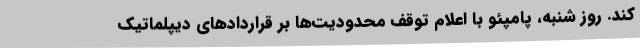
کند. روز شنبه، پامپئو با اعلام توقف محدودیت‌ها بر قراردادهای دیپلماتیک